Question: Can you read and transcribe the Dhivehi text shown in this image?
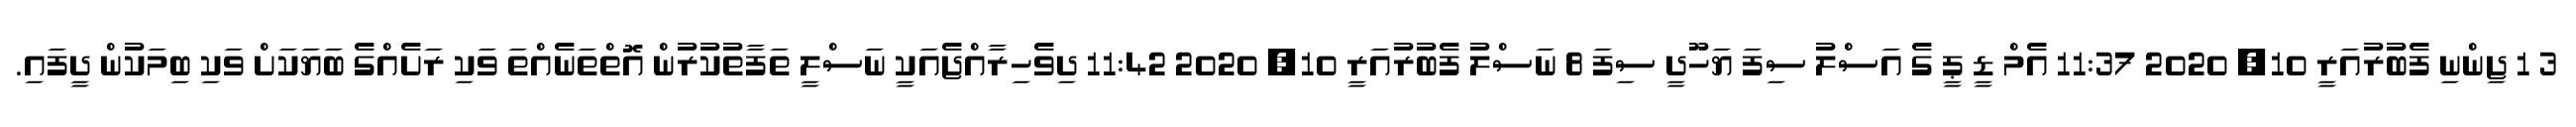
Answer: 3 1 ޖިންނި ފެބުރުއަރީ 10, 2020 11:37 އެމް ޑީ ޕީ ގެ އަސްލު ސިފަ ޔަހޫދީ ސިފަ 8 ނަސްލު ފެބުރުއަރީ 10, 2020 11:42 ދިވެހިރާއްޖެއަކީ ނަސްލީ ތަފާތުކުރުން އޮތްތަނެއްތަ ވަކި ރަށެއްގެ ބަޔަކަށް ވަކި ބިމަކުން ދީފައި.